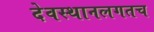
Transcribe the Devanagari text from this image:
देवस्थानलगतच